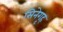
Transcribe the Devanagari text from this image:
सिनेगृह